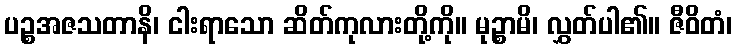
ပဉ္စအဇသတာနိ၊ ငါးရာသော ဆိတ်ကုလားတို့ကို။ မုဉ္စာမိ၊ လွှတ်ပါ၏။ ဇီဝိတံ၊